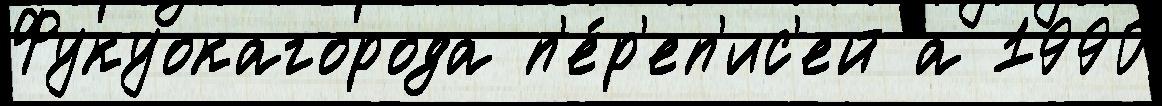
Фукуокагорода п'е́р'еп'ис'ей а 1990